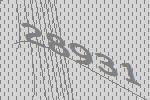
28931